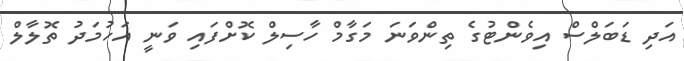
އަދި ޑަބަލްސް އިވެންޓުގެ ތިންވަނަ މަގާމް ހާސިލް ކޮށްފައި ވަނީ އަހުމަދު ތޮލާލް